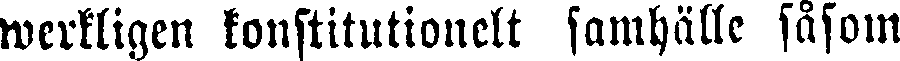
werkligen konstitutionelt samhälle såsom